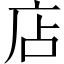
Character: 店